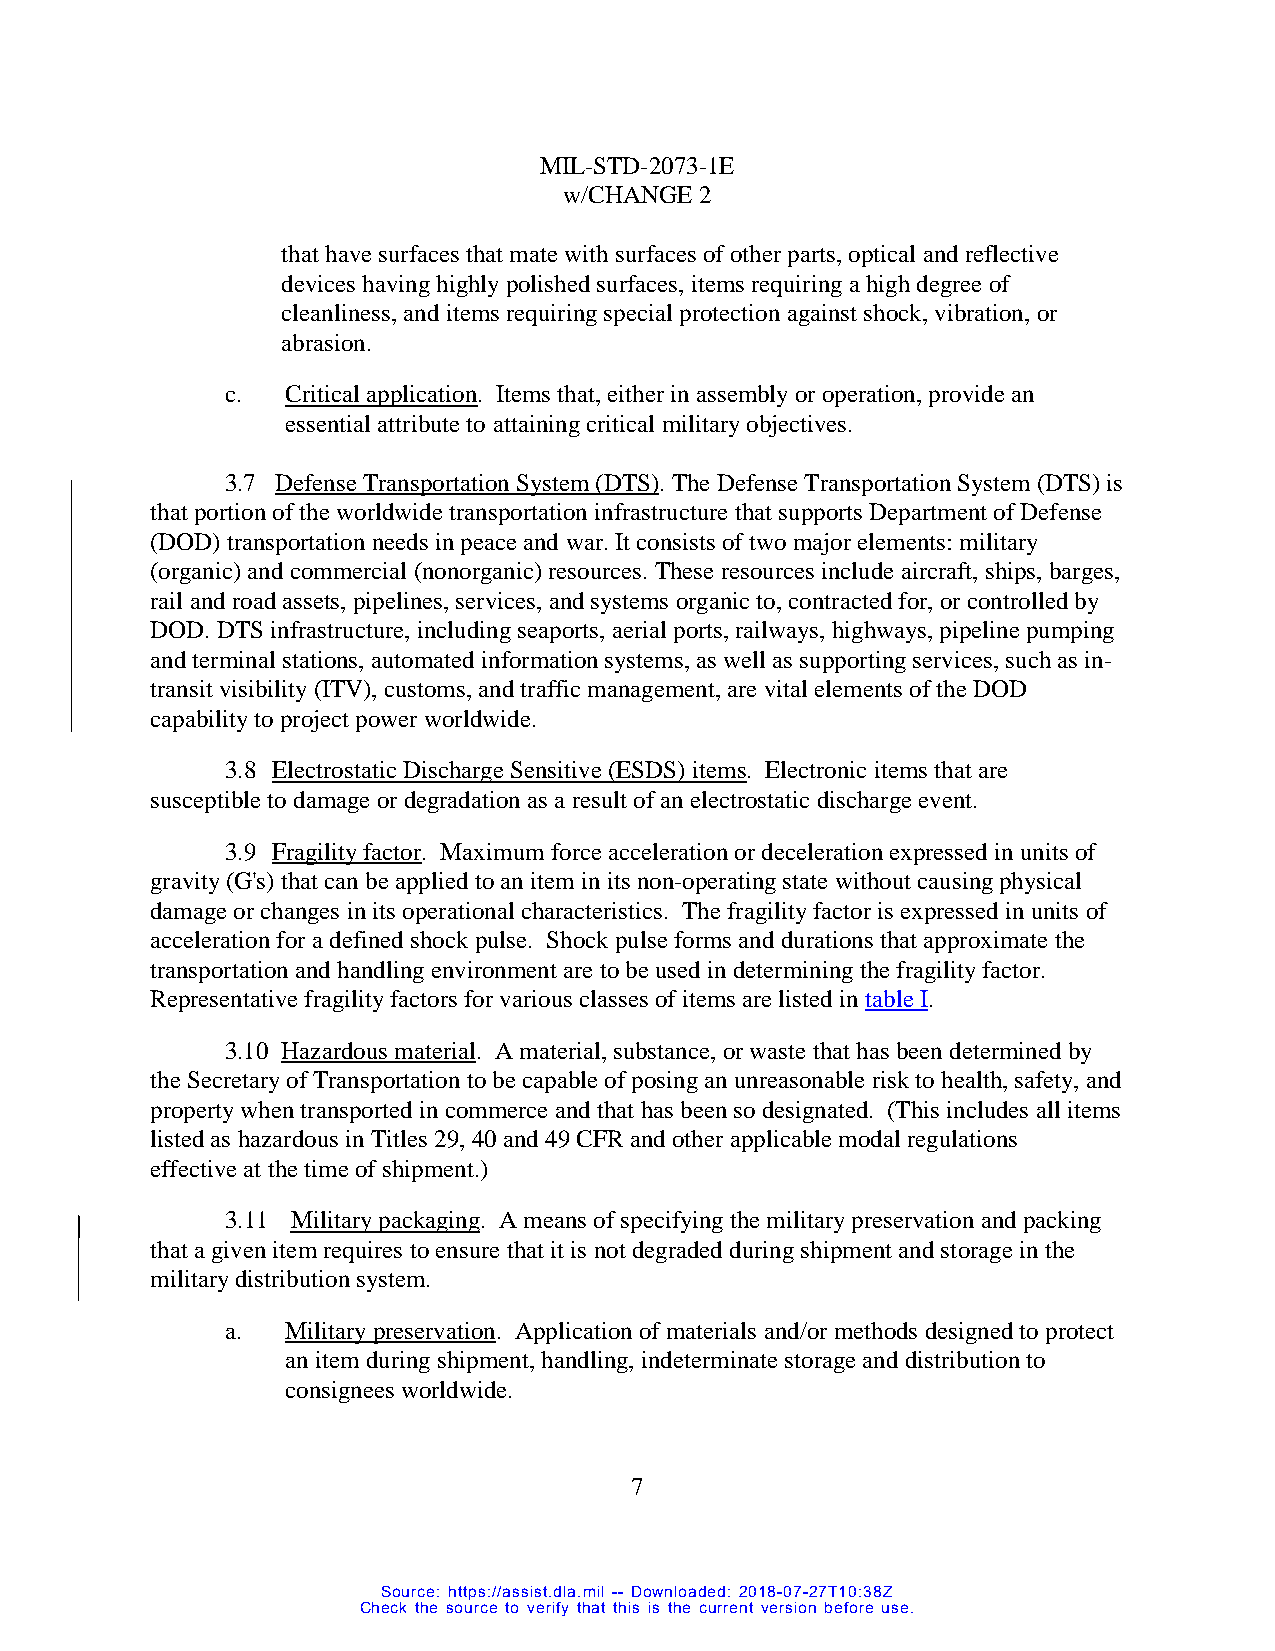
MIL-STD-2073-1E
 w/CHANGE 2
 that have surfaces that mate with surfaces of other parts, optical and reflective
 devices having highly polished surfaces, items requiring a high degree of
 cleanliness, and items requiring special protection against shock, vibration, or
 abrasion.
 c.  Critical application. Items that, either in assembly or operation, provide an
 essential attribute to attaining critical military objectives.
 3.7 Defense Transportation System (DTS). The Defense Transportation System (DTS) is
 that portion of the worldwide transportation infrastructure that supports Department of Defense
 (DOD) transportation needs in peace and war. It consists of two major elements: military
 (organic) and commercial (nonorganic) resources. These resources include aircraft, ships, barges,
 rail and road assets, pipelines, services, and systems organic to, contracted for, or controlled by
 DOD. DTS infrastructure, including seaports, aerial ports, railways, highways, pipeline pumping
 and terminal stations, automated information systems, as well as supporting services, such as in-
 transit visibility (ITV), customs, and traffic management, are vital elements of the DOD
 capability to project power worldwide.
 3.8 Electrostatic Discharge Sensitive (ESDS) items. Electronic items that are
 susceptible to damage or degradation as a result of an electrostatic discharge event.
 3.9 Fragility factor. Maximum force acceleration or deceleration expressed in units of
 gravity (G's) that can be applied to an item in its non-operating state without causing physical
 damage or changes in its operational characteristics. The fragility factor is expressed in units of
 acceleration for a defined shock pulse. Shock pulse forms and durations that approximate the
 transportation and handling environment are to be used in determining the fragility factor.
 Representative fragility factors for various classes of items are listed in table I.
 3.10 Hazardous material. A material, substance, or waste that has been determined by
 the Secretary of Transportation to be capable of posing an unreasonable risk to health, safety, and
 property when transported in commerce and that has been so designated. (This includes all items
 listed as hazardous in Titles 29, 40 and 49 CFR and other applicable modal regulations
 effective at the time of shipment.)
 3.11 Military packaging. A means of specifying the military preservation and packing
 that a given item requires to ensure that it is not degraded during shipment and storage in the
 military distribution system.
 a.  Military preservation. Application of materials and/or methods designed to protect
 an item during shipment, handling, indeterminate storage and distribution to
 consignees worldwide.
 7
 Source: https://assist.dla.mil -- Downloaded: 2018-07-27T10:38Z
 Check the source to verify that this is the current version before use.